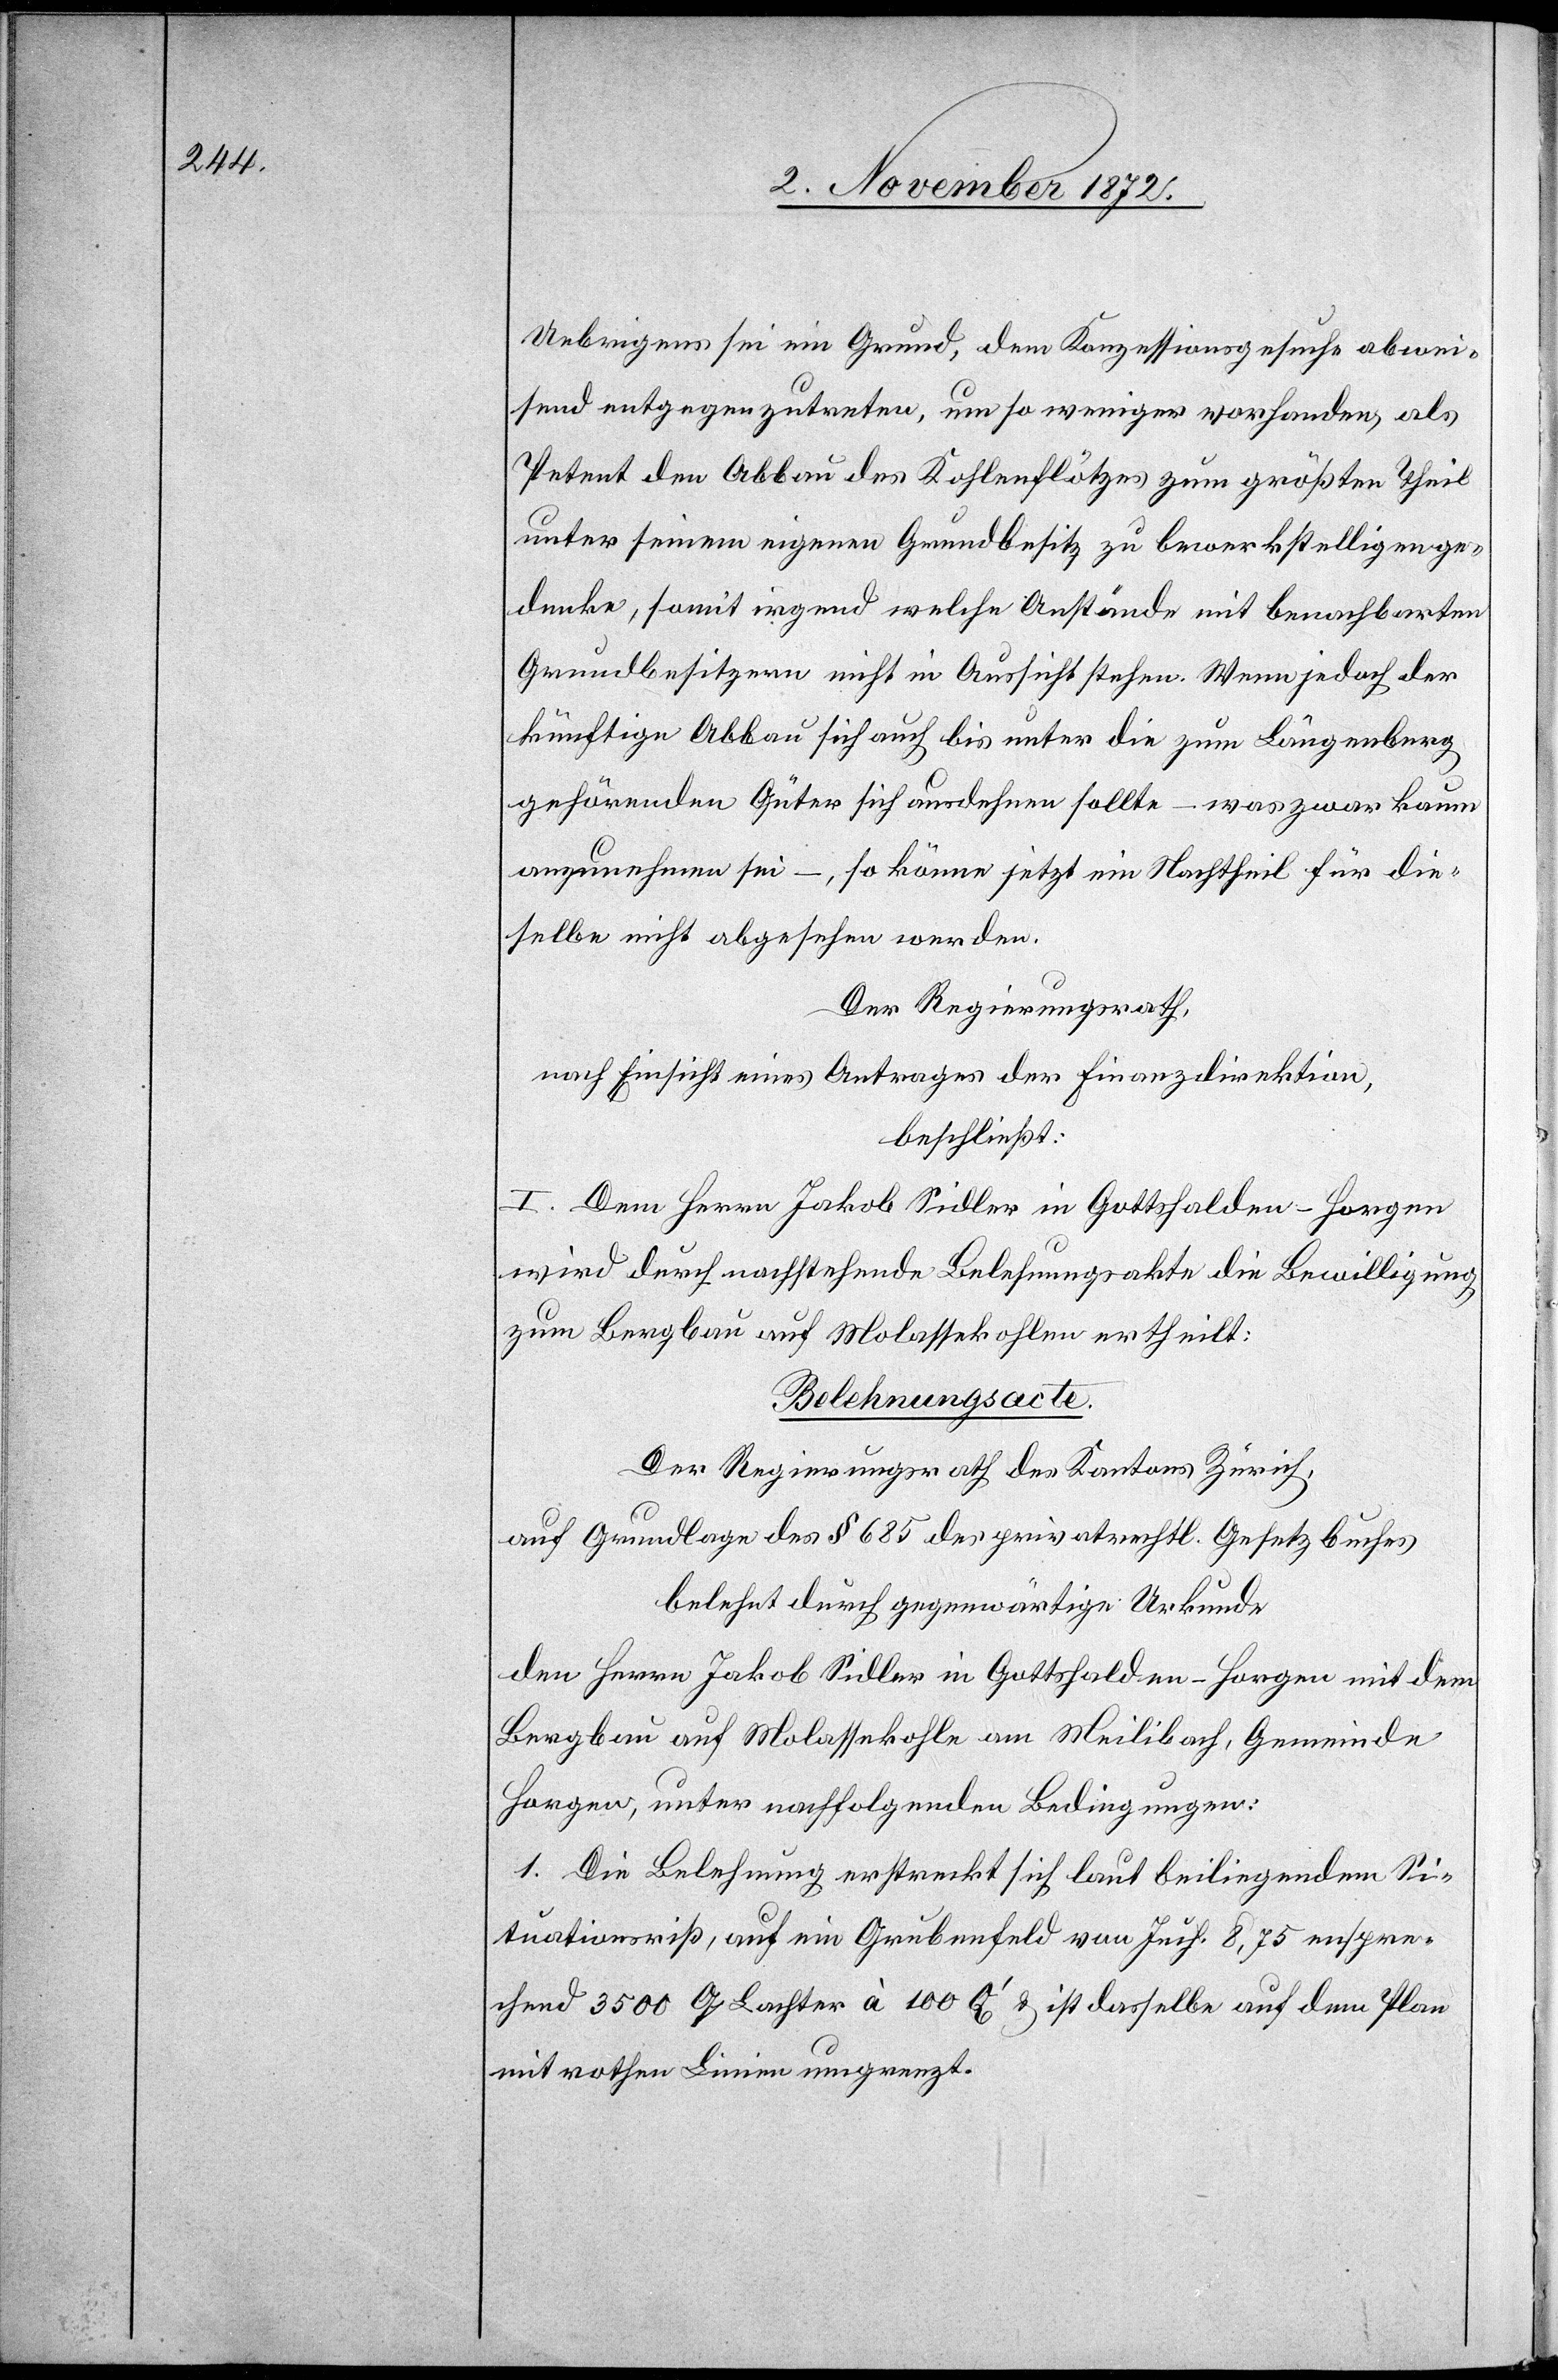
Uebrigens sei ein Grund, dem Konzessionsgesuche abwei¬
send entgegen zutreten, um so weniger vorhanden, als
Petent den Abbau des Kohlenflötzes zum größten Theil
unter seinem eigenen Grundbesitz zu bewerkstelligen ge¬
denke, somit irgend welche Anstände mit benachbarten
Grundbesitzern nicht in Aussicht stehen. Wenn jedoch der
künftige Abbau sich auch bis unter die zum Längenberg
gehörenden Güter sich ausdehnen sollte – was zwar kaum
anzunehmen sei –, so könne jetzt ein Nachtheil für die¬
selbe nicht abgesehen werden.
Der Regierungsrath,
nach Einsicht eines Antrages der Finanzdirektion,
beschließt:
I. Dem Herrn Jakob Sidler in Gottshalden-Hogen
wird durch nachstehende Belehnungsakte die Bewilligung
zum Bergbau auf Molassekohlen ertheilt:
Belehnungsacte.
Der Regierungsrath des Kantons Zürich,
auf Grundlage des § 685 des privatrechtl. Gesetzbuches
belehnt durch gegenwärtige Urkunde
den Herrn Jakob Sidler in Gottshalden-Horgen mit dem
Bergbau auf Molassekohle am Meilibach, Gemeinde
Horgen, unter nachfolgenden Bedingungen:
1. Die Belehnung erstreckt sich laut beiliegendem Si¬
tuationsriß, auf ein Grubenfeld von Juch. 8,75 entspre¬
chend 3500 Q. Lachter à 100 Q’ u. ist dasselbe auf dem Plan
mit rothen Linien umgrenzt.